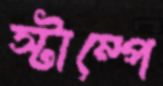
স্টাম্পে